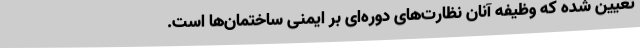
تعیین شده که وظیفه آنان نظارت‌های دوره‌ای بر ایمنی ساختمان‌ها است.